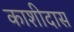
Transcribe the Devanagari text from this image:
काशीदास